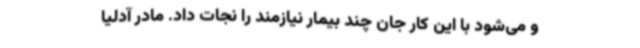
و می‌شود با این کار جان چند بیمار نیازمند را نجات داد. مادر آدلیا